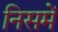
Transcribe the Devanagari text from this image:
निसमें